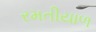
રમતીયાળ